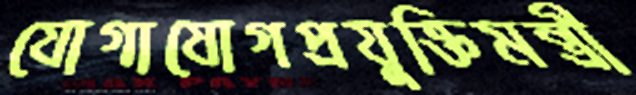
যোগাযোগপ্রযুক্তিমন্ত্রী